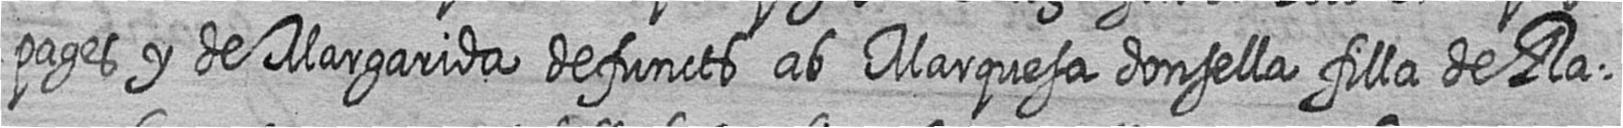
pages y de Margarida defuncts ab Marquesa donsella filla de Ra=